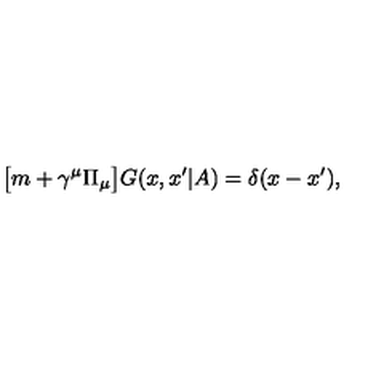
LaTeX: \bigl [ m + \gamma ^ { \mu } \Pi _ { \mu } \bigr ] G ( x , x ^ { \prime } | A ) = \delta ( x - x ^ { \prime } ) ,